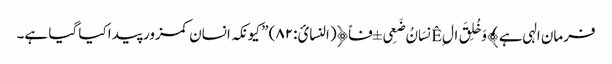
فرمان الہی ہے ﴾وَخُلِقَ ال Êِنسَانُ ضَعِی ±فاً﴿(النسائ:۸۲) ” کیونکہ انسان کمزور پیدا کیا گیا ہے۔